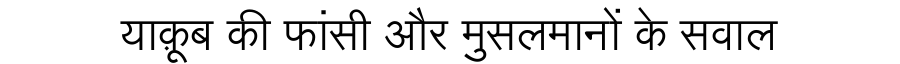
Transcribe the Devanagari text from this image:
याक़ूब की फांसी और मुसलमानों के सवाल